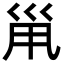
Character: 𡿳